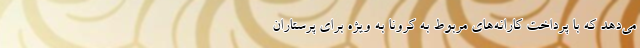
می‌دهد که با پرداخت کارانه‌های مربوط به کرونا به ویژه برای پرستاران